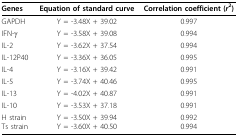
<table><thead><tr><td><b>Genes</b></td><td><b>Equation of standard curve</b></td><td><b>Correlation coefficient (<i>r</i><sup>2</sup>)</b></td></tr></thead><tbody><tr><td>GAPDH</td><td>Y = -3.48X + 39.02</td><td>0.997</td></tr><tr><td>IFN-γ</td><td>Y = -3.58X + 39.08</td><td>0.994</td></tr><tr><td>IL-2</td><td>Y = -3.62X + 37.54</td><td>0.994</td></tr><tr><td>IL-12P40</td><td>Y = -3.36X + 36.05</td><td>0.995</td></tr><tr><td>IL-4</td><td>Y = -3.16X + 39.42</td><td>0.991</td></tr><tr><td>IL-5</td><td>Y = -3.74X + 40.46</td><td>0.995</td></tr><tr><td>IL-13</td><td>Y = -4.02X + 40.87</td><td>0.991</td></tr><tr><td>IL-10</td><td>Y = -3.53X + 37.18</td><td>0.991</td></tr><tr><td>H strainTs strain</td><td>Y = -3.50X + 39.94Y = -3.60X + 40.50</td><td>0.9920.994</td></tr></tbody></table>